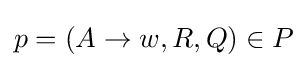
p=(A\to w,R,Q)\in P